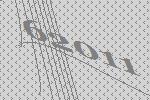
62011